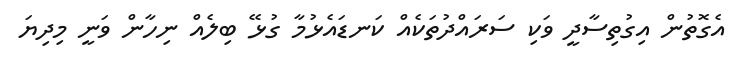
އެގޮތުން އިގުތިސާދީ ވަކި ސަރައްދުތަކެއް ކަނޑައެޅުމާ ގުޅޭ ބިލެއް ނިހާން ވަނީ މިދިޔަ